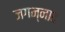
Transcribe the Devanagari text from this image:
जगन्नाद